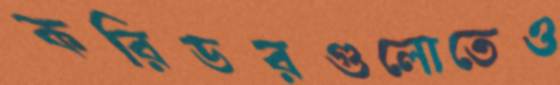
করিডরগুলোতেও